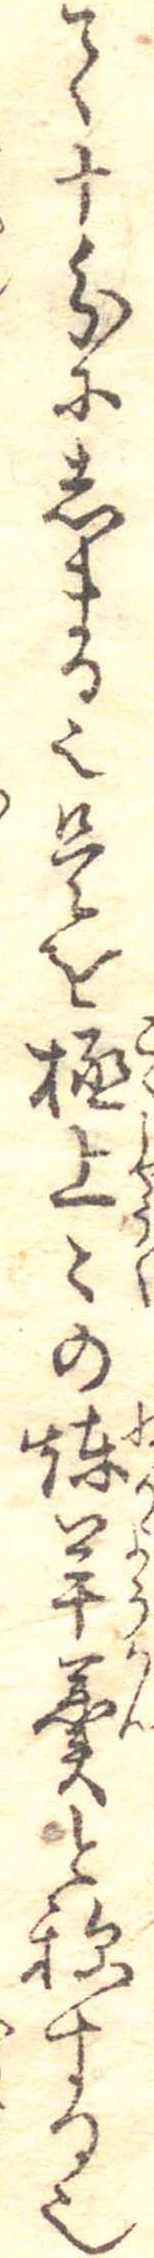
て十分にしまる也是を極上々の煉羊羹と称する也